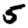
Digit: 5